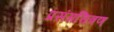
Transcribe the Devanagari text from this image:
प्रसंगचित्रण